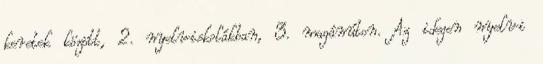
keretek között, 2. nyelviskolákban, 3. magánúton. Az idegen nyelvi